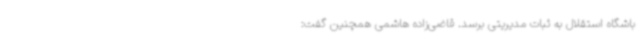
باشگاه استقلال به ثبات مدیریتی برسد. قاضی‌زاده هاشمی همچنین گفت: